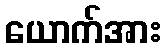
ယောက်အား